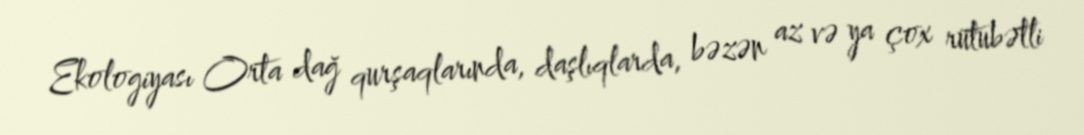
Ekologiyası Orta dağ qurşaqlarında, daşlıqlarda, bəzən az və ya çox rütubətli